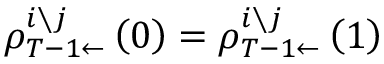
\rho _ { T - 1 \leftarrow } ^ { i \setminus j } \left( 0 \right) = \rho _ { T - 1 \leftarrow } ^ { i \setminus j } \left( 1 \right)